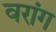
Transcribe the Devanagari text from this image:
वरांग